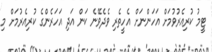
ޓީމު ކުރިއެރުވުމަށް އަހަންނަށް އެހީތެރި ވެދެވޭނެ ކަން އަދި އަހަރެންގެ ކުރިއެރުމަށް މި